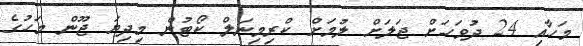
މަހާއި 24 ދުވަހަށް ޖަލަށް ލުމަށް ކްރިމިނަލް ކޯޓުން މިދިޔަ ޖޫން މަހުގެ